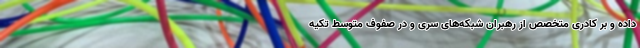
داده و بر کادری متخصص از رهبران شبکه‌های سری و در صفوف متوسط تکیه